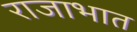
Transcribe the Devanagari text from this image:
राजाभात